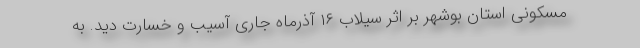
مسکونی استان بوشهر بر اثر سیلاب ۱۶ آذرماه جاری آسیب و خسارت دید. به